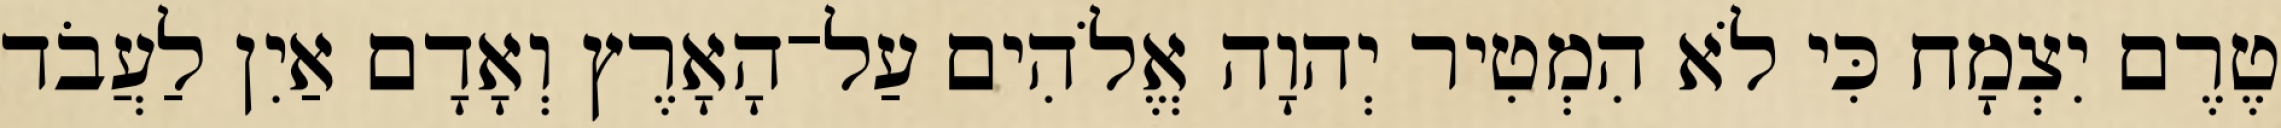
טֶרֶם יִצְמָח כִּי לֹא הִמְטִיר יְהוָה אֱלֹהִים עַל־הָאָרֶץ וְאָדָם אַיִן לַעֲבֹד